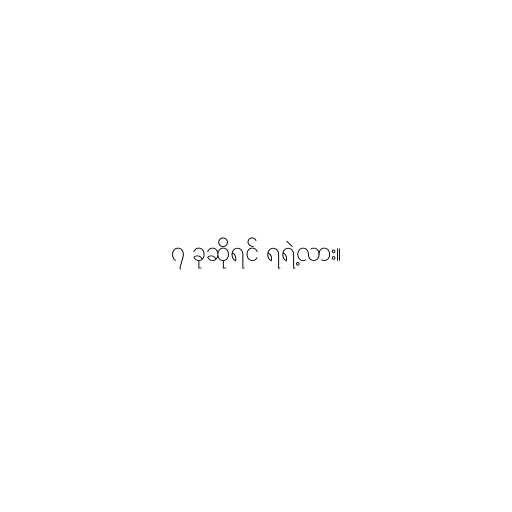
၇ ခုဆိုရင် ရရဲ့လား။